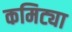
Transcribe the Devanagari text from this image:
कमिट्या